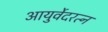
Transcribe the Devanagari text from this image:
आयुर्वेदरत्न